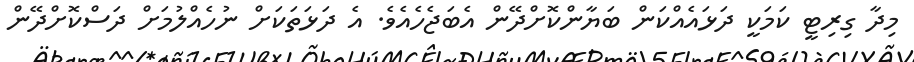
މިދާ ގިރިޓީ ކަމަކީ ދަޅައެއްކަން ބަޔާންކޮށްދޭން އެބަޖެހެއެވެ. އެ ދަޅަތަކަށް ނުހެއްލުމަށް ދަސްކޮށްދޭން